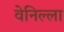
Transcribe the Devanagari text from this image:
वेनिल्ला